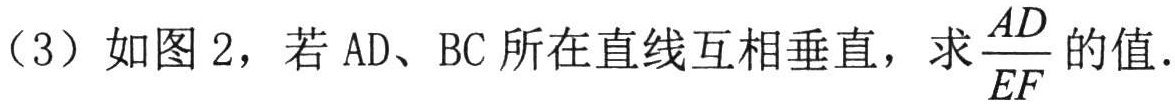
（3）如图2，若\(AD\)、\(BC\)所在直线互相垂直，求\(\frac{AD}{EF}\)的值.